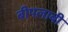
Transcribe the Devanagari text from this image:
बीपलाबी